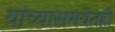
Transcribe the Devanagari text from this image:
यांच्यासमवेतही